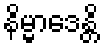
နိမ္မာဒေန္တိ